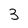
Character: 3